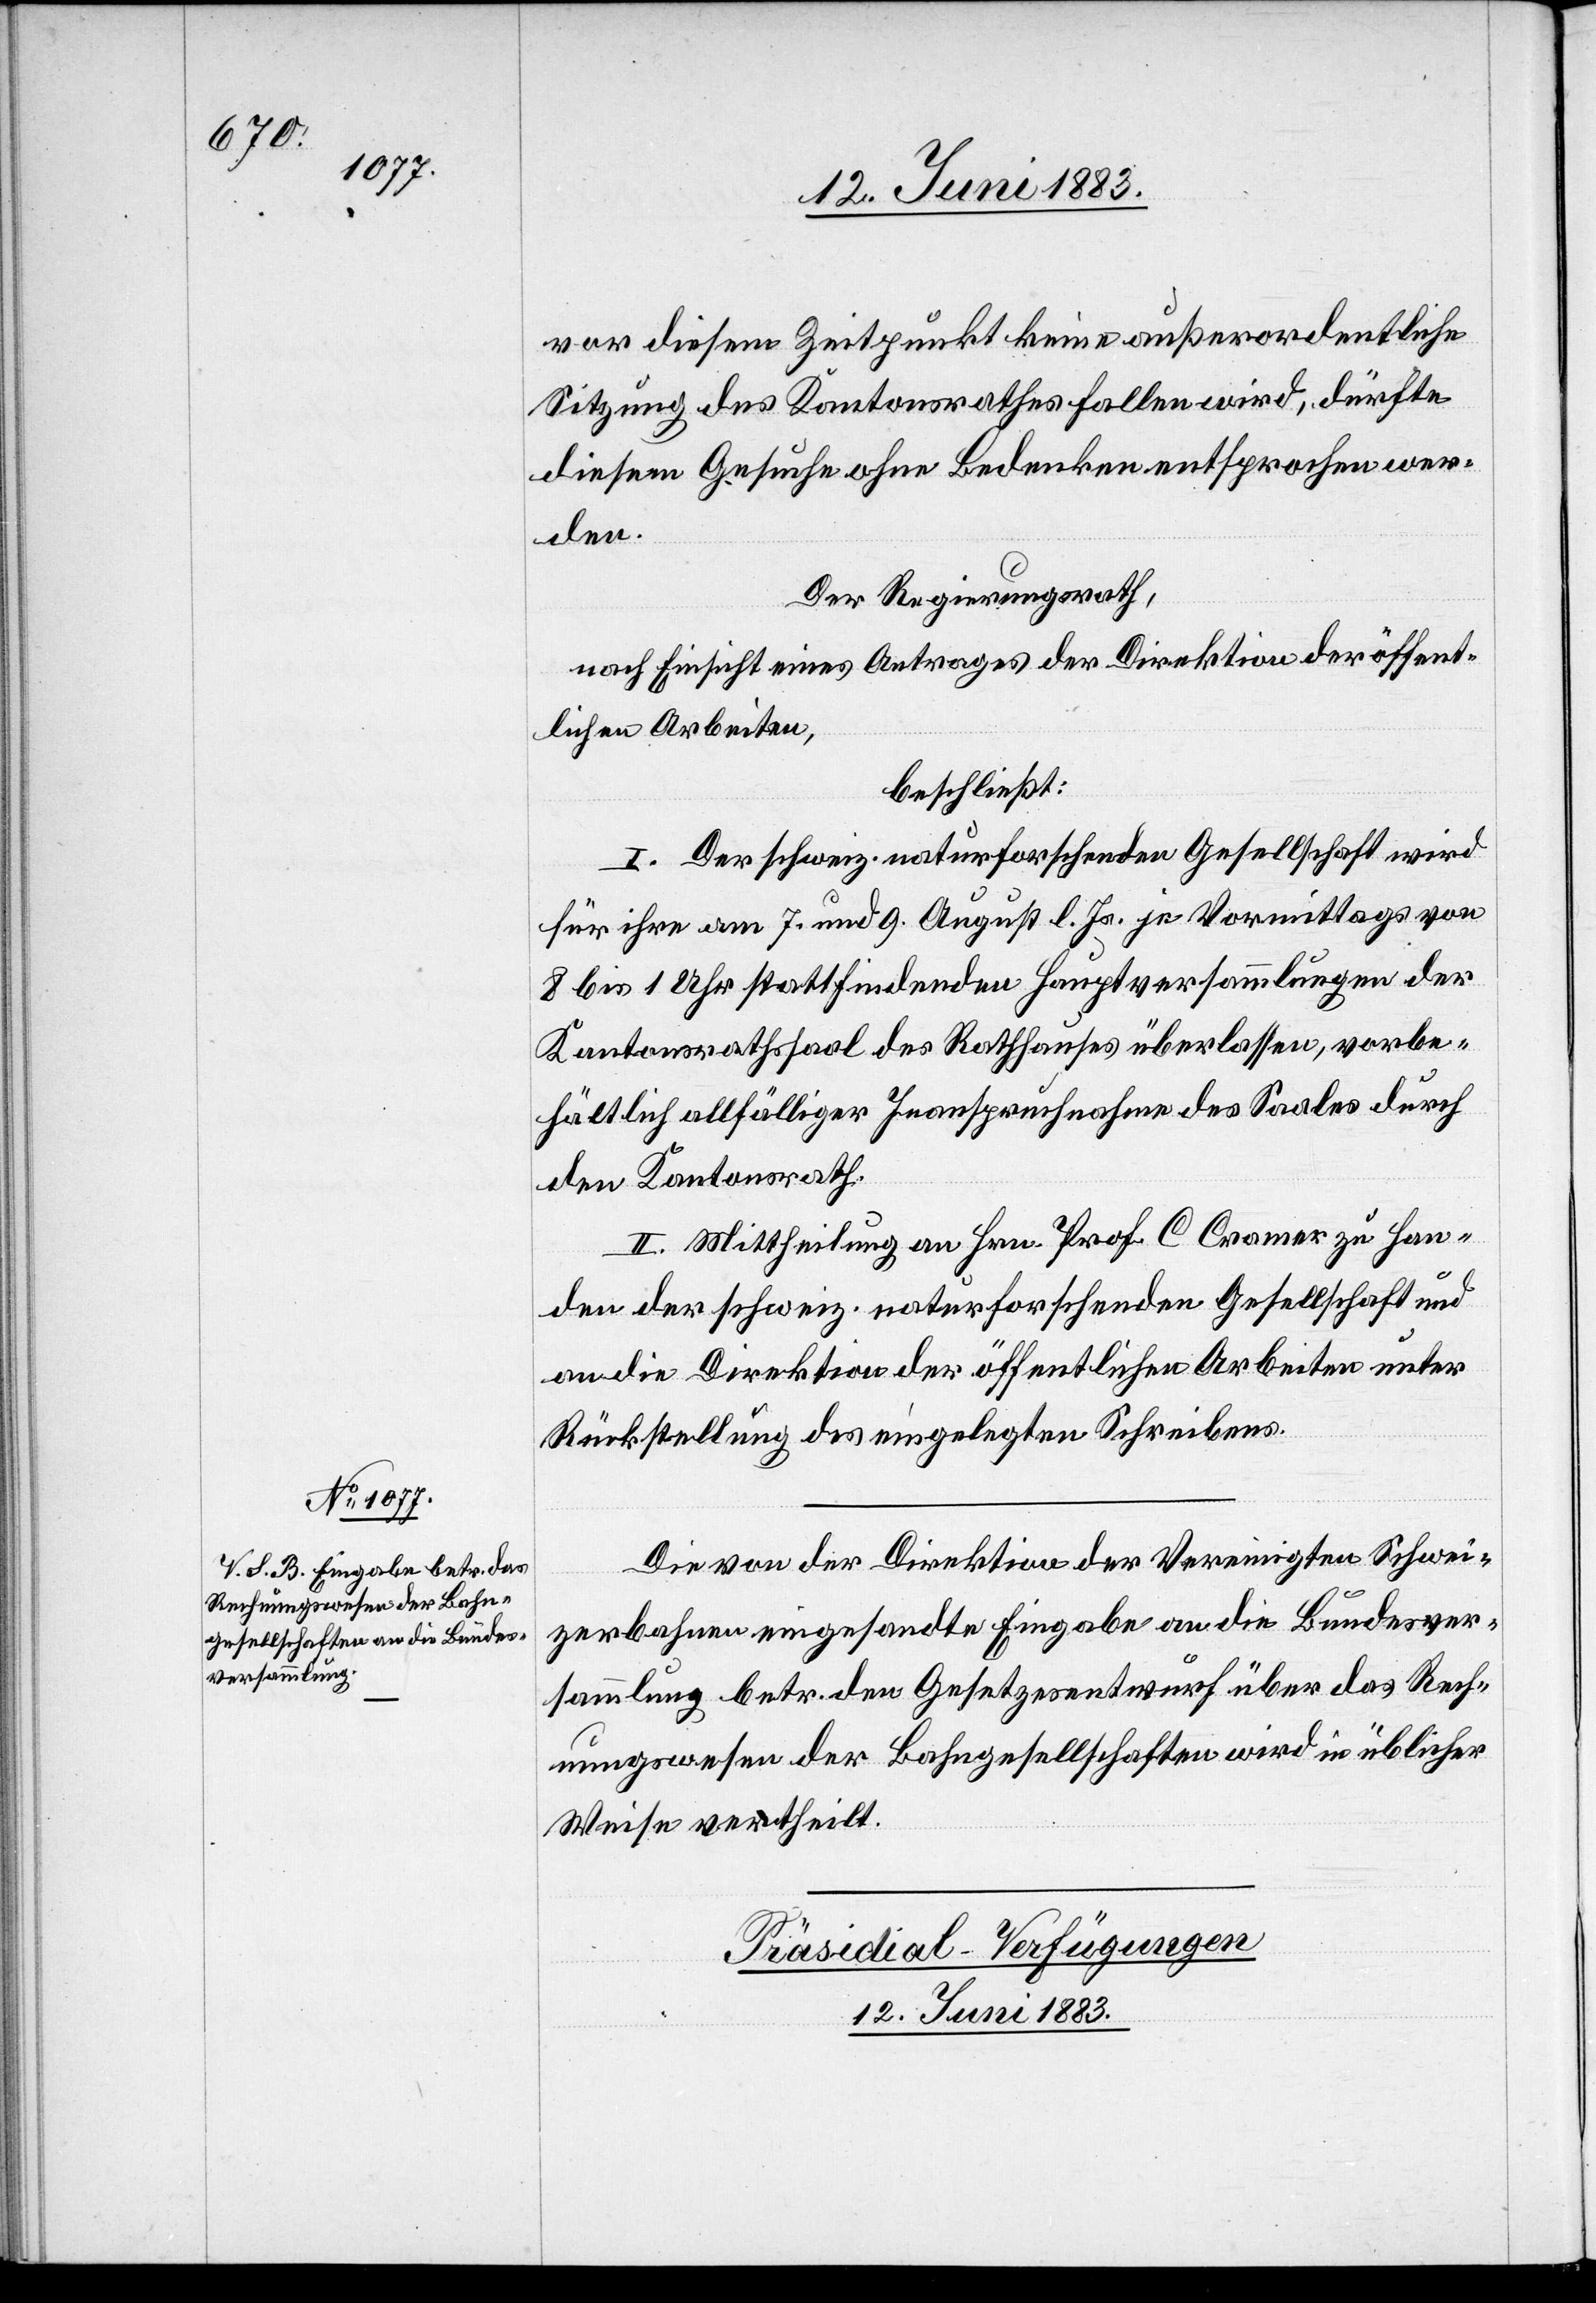
vor diesem Zeitpunkt keine außerordentliche
Sitzung des Kantonsrathes fallen wird, dürfte
diesem Gesuche ohne Bedenken entsprochen wer¬
den.
Der Regierungsrath,
nach Einsicht eines Antrages der Direktion der öffent¬
lichen Arbeiten,
beschließt:
I. Der schweiz. naturforschenden Gesellschaft wird
für ihre am 7. und 9. August l. Js. je Vormittags von
8 bis 1 Uhr stattfindenden Hauptversammlungen der
Kantonsrathssaal des Rathauses überlassen, vorbe¬
hältlich allfälliger Inanspruchnahme des Saales durch
den Kantonsrath.
II. Mittheilung an Hrn. Prof. C. Cramer [sic!] zu Han¬
den der schweiz. naturforschenden Gesellschaft und
an die Direktion der öffentlichen Arbeiten unter
Rückstellung des eingelegten Schreibens.
Die von der Direktion der Vereinigten Schwei¬
zerbahnen eingesandte Eingabe an die Bundesver¬
sammlung betr. den Gesetzesentwurf über das Rech¬
nungswesen der Bahngesellschaften wird in üblicher
Weise vertheilt.
Präsidial-Verfügungen
12. Juni 1883.